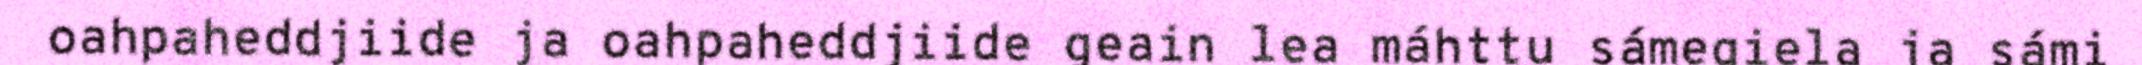
oahpaheddjiide ja oahpaheddjiide geain lea máhttu sámegiela ja sámi